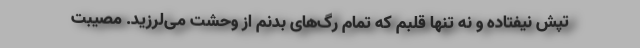
تپش نیفتاده و نه تنها قلبم که تمام رگ‌های بدنم از وحشت می‌لرزید. مصیبت